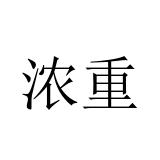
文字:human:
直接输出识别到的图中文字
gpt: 浓重